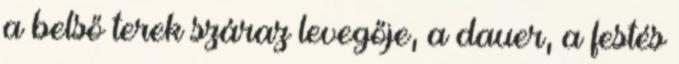
a belső terek száraz levegője, a dauer, a festés